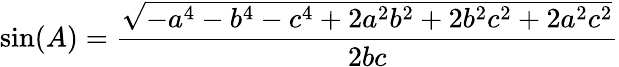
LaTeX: \sin(A)={\frac{\sqrt{-a^{4}-b^{4}-c^{4}+2a^{2}b^{2}+2b^{2}c^{2}+2a^{2}c^{2}}}{2bc}}